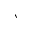
\backprime